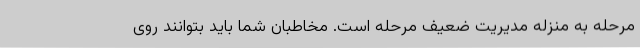
مرحله به منزله مدیریت ضعیف مرحله است. مخاطبان شما باید بتوانند روی